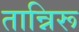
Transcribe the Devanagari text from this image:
तान्निरू